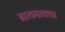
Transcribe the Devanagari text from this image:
नायगावचा